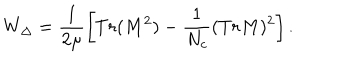
W _ { \Delta } = \frac { 1 } { 2 \mu } \left[ T r ( M ^ { 2 } ) - \frac { 1 } { N _ { c } } ( T r M ) ^ { 2 } \right] .